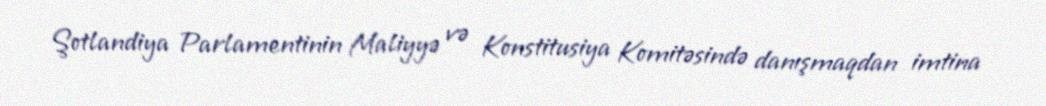
Şotlandiya Parlamentinin Maliyyə və Konstitusiya Komitəsində danışmaqdan imtina